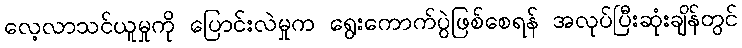
လေ့လာသင်ယူမှုကို ပြောင်းလဲမှုက ရွေးကောက်ပွဲဖြစ်စေရန် အလုပ်ပြီးဆုံးချိန်တွင်